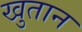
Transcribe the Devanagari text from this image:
खुतान